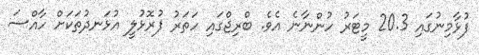
ފުޅާމިނުގައި 20.3 މީޓަރު ހުންނާނެ އެވެ. ބްރިޖްގައި ހަތަރު ފުރޮޅުލީ އުޅަނދުތަކަށް ހާއްސަ